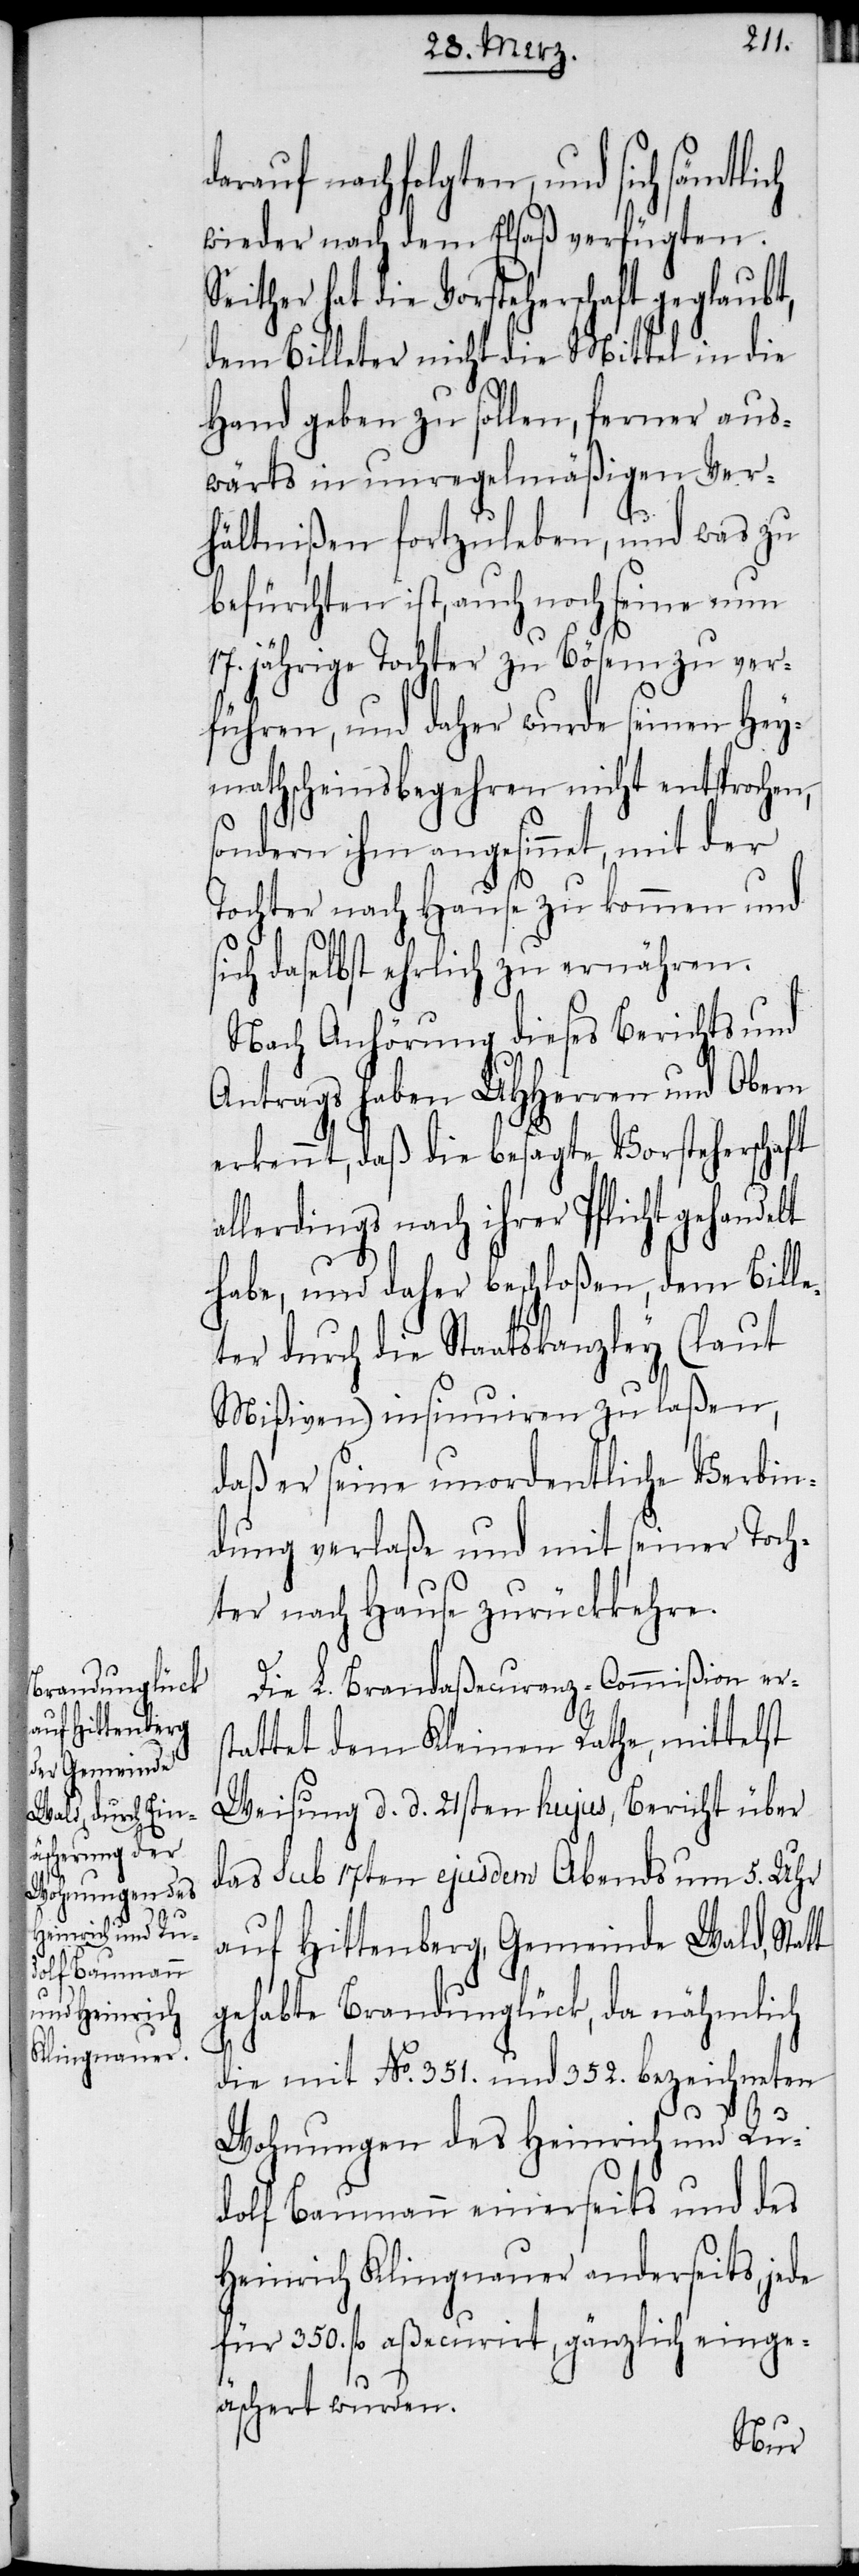
darauf nachfolgten, und sich
wieder nach dem Elsaß verfügten.
Seither hat die Vorsteherschaft geglaubt,
dem Billeter nicht die Mittel in die
Hand geben zu sollen, ferner aus¬
wärts in unregelmäßigen Ver¬
hältnißen fortzuleben, und was zu
befürchten ist, auch noch seine nun
17. jährige Tochter zu Bösem zu ver¬
führen, und daher wurde seinen Hey¬
mathscheinsbegehren nicht entsprochen,
sondern ihm angesinnet, mit der
Tochter nach Hause zu kommen und
ich daselbst ehrlich zu ernähren.
Nach Anhörung dieses Berichts und
Antrags haben UHHerren und Obern
erkennt, daß die besagte Vorsteherschaft
allerdings nach ihrer Pflicht gehandelt
habe, und daher beschloßen, dem Bille¬
ter durch die Staatskanzley (laut
Mißiven) insinuiren zu laßen,
daß er seine unordentliche Verbin¬
dung verlaße und mit seiner Toch¬
ter nach Hause zurückkehre.
Die L. Brandaßecuranz-Commißion ers¬
tattet dem Kleinen Rathe, mittelst
Weisung d. d. 21sten hujus, Bericht über
das sub 17ten ejusdem Abends um 5. Uhr
auf Hittenberg, Gemeinde Wald, Statt
gehabte Brandunglück, da nähmlich
die mit No. 351. und 352. bezeichneten
s¬
Wohnungen des Heinrich und Ru¬
dolf Baumann einerseits und des
Heinrich Klingnauer anderseits, jede
für 350. fl aßecurirt, gänzlich einge¬
äschert wurden.